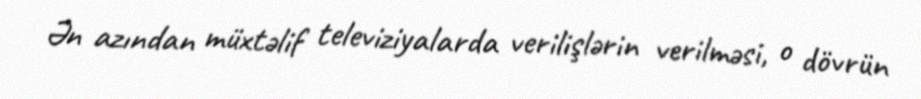
Ən azından müxtəlif televiziyalarda verilişlərin verilməsi, o dövrün